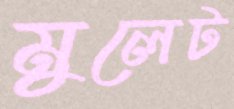
মুলেট